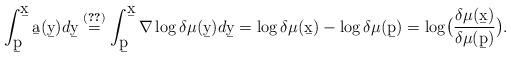
LaTeX: \begin{align*}\int_{\b p}^{\b x}\b a(\b y)d\b y\stackrel{\eqref{eq:KerPro2}}{=}\int_{\b p}^{\b x} \nabla\log\delta\mu(\b y)d\b y = \log\delta\mu(\b x)-\log\delta\mu(\b p)=\log\bigl(\frac{\delta\mu(\b x)}{\delta\mu(\b p)}\bigr).\end{align*}